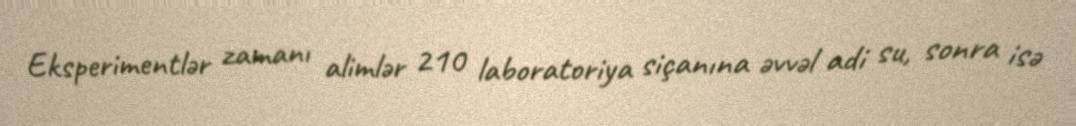
Eksperimentlər zamanı alimlər 210 laboratoriya siçanına əvvəl adi su, sonra isə